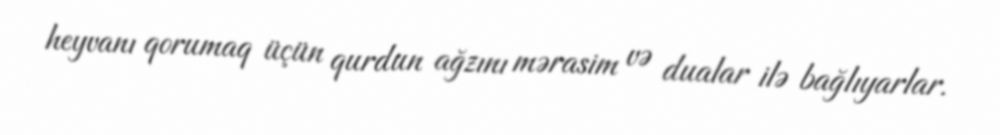
heyvanı qorumaq üçün qurdun ağzını mərasim və dualar ilə bağlıyarlar.